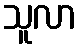
သူလာ